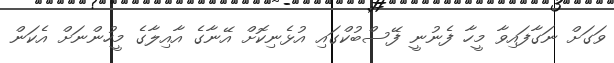
ވަގަށް ނަގާފައިވާ މީހާ ފެނުނީ ފޭސްބުކްގައި އުޅެނިކޮށް އޭނާގެ އާއިލާގެ މީހުންނަށް އެކަން